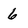
Character: 6